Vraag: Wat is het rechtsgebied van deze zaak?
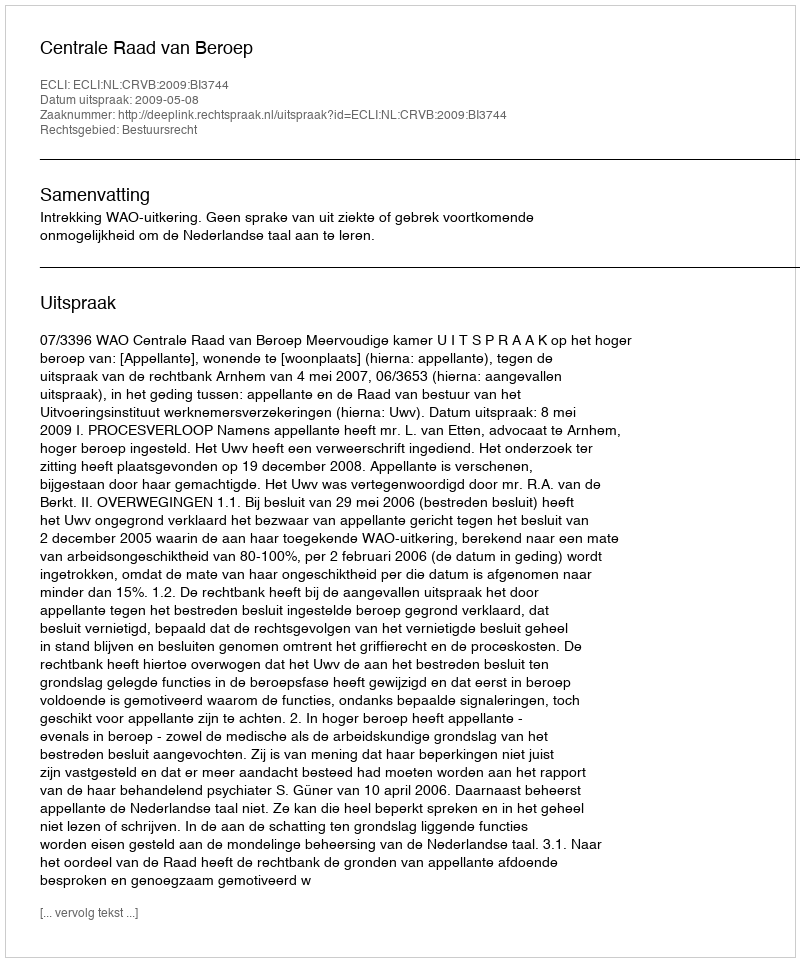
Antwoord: Bestuursrecht